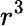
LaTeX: r^{3}